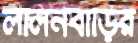
লালনবাড়ির